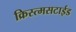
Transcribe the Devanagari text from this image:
क्रिस्त्मसटाईड